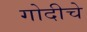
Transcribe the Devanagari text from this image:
गोदीचे